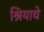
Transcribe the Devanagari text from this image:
श्रियाचे